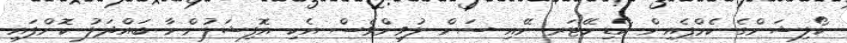
ކޯލިޝަންގެ ކެމްޕެއިން ކޯޑިނޭޓަރ ނޭއި ސަން ލުވިންވެސް އެކި އޮފިޝަލުންނާ ބައްދަލު ކޮށްފައި